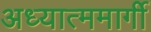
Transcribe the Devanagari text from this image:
अध्यात्ममार्गी